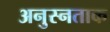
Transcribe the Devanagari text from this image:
अनुस्नताक